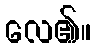
လေ၏။